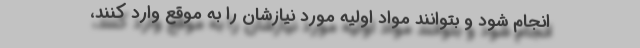
انجام شود و بتوانند مواد اولیه مورد نیازشان را به موقع وارد کنند،